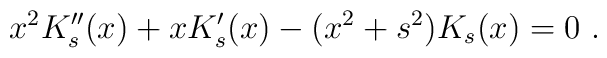
x^2 K_s''(x) + x K_s'(x) - (x^2 +s^2) K_s(x) = 0 \ .